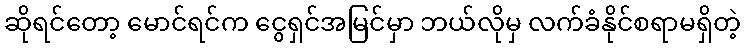
ဆိုရင်တော့ မောင်ရင်က ငွေရှင်အမြင်မှာ ဘယ်လိုမှ လက်ခံနိုင်စရာမရှိတဲ့